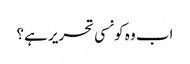
اب وہ کونسی تحریر ہے؟